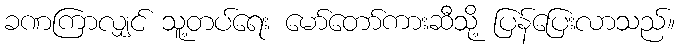
ခဏကြာလျှင် သူ့တပ်ရေး မော်တော်ကားဆီသို့ ပြန်ပြေးလာသည်။